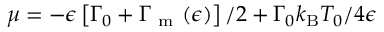
\mu = - \epsilon \left[ { \Gamma _ { 0 } + \Gamma _ { \mathrm { ~ m ~ } } ( \epsilon ) } \right] / 2 + { \Gamma _ { 0 } k _ { \mathrm { B } } T _ { 0 } } / { 4 \epsilon }